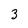
Character: 3